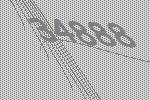
34888